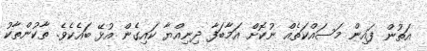
އަތުން ފައިން މަސައްކަތެއް ނުކޮށް އަމާބަފާ ދިނިއްޔާ ކައިގެން އުޅޭ ބައެކެވެ. ތާކުންތާކު